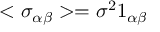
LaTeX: < \sigma _ { \alpha \beta } > = \sigma ^ { 2 } 1 _ { \alpha \beta }